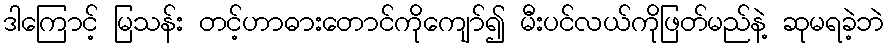
ဒါကြောင့် မြသန်း တင့်ဟာဓားတောင်ကိုကျော်၍ မီးပင်လယ်ကိုဖြတ်မည်နဲ့ ဆုမရခဲ့ဘဲ